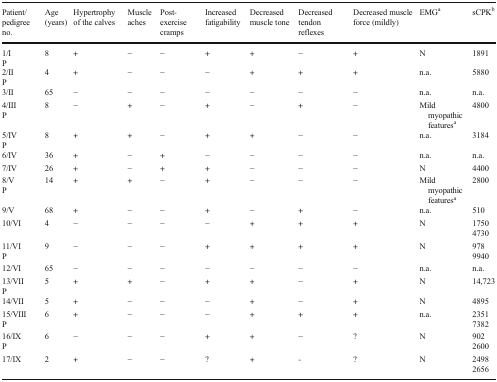
<table><thead><tr><td><b>Patient/pedigree no.</b></td><td><b>Age (years)</b></td><td><b>Hypertrophy of the calves</b></td><td><b>Muscle aches</b></td><td><b>Post-exercise cramps</b></td><td><b>Increased fatigability</b></td><td><b>Decreased muscle tone</b></td><td><b>Decreased tendon reflexes</b></td><td><b>Decreased muscle force (mildly)</b></td><td><b>EMG<sup>a</sup></b></td><td><b>sCPK<sup>b</sup></b></td></tr></thead><tbody><tr><td>1/IP</td><td>8</td><td>+</td><td>−</td><td>−</td><td>+</td><td>+</td><td>−</td><td>+</td><td>N</td><td>1891</td></tr><tr><td>2/IIP</td><td>4</td><td>+</td><td>−</td><td>−</td><td>−</td><td>+</td><td>+</td><td>+</td><td>n.a.</td><td>5880</td></tr><tr><td>3/II</td><td>65</td><td>−</td><td>−</td><td>−</td><td>−</td><td>−</td><td>−</td><td>−</td><td>n.a.</td><td>n.a.</td></tr><tr><td>4/IIIP</td><td>8</td><td>−</td><td>+</td><td>−</td><td>+</td><td>−</td><td>+</td><td>−</td><td>Mild myopathic features<sup>a</sup></td><td>4800</td></tr><tr><td>5/IVP</td><td>8</td><td>+</td><td>+</td><td>−</td><td>+</td><td>+</td><td>−</td><td>−</td><td>n.a.</td><td>3184</td></tr><tr><td>6/IV</td><td>36</td><td>+</td><td>−</td><td>+</td><td>−</td><td>−</td><td>−</td><td>−</td><td>n.a.</td><td>n.a.</td></tr><tr><td>7/IV</td><td>26</td><td>+</td><td>−</td><td>+</td><td>+</td><td>−</td><td>−</td><td>−</td><td>N</td><td>4400</td></tr><tr><td>8/VP</td><td>14</td><td>+</td><td>+</td><td>−</td><td>+</td><td>−</td><td>−</td><td>−</td><td>Mild myopathic features<sup>a</sup></td><td>2800</td></tr><tr><td>9/V</td><td>68</td><td>+</td><td>−</td><td>−</td><td>+</td><td>−</td><td>+</td><td>−</td><td>n.a.</td><td>510</td></tr><tr><td>10/VI</td><td>4</td><td>−</td><td>−</td><td>−</td><td>−</td><td>+</td><td>+</td><td>+</td><td>N</td><td>17504730</td></tr><tr><td>11/VIP</td><td>9</td><td>−</td><td>−</td><td>−</td><td>+</td><td>+</td><td>+</td><td>+</td><td>N</td><td>9789940</td></tr><tr><td>12/VI</td><td>65</td><td>−</td><td>−</td><td>−</td><td>−</td><td>−</td><td>−</td><td>−</td><td>n.a.</td><td>n.a.</td></tr><tr><td>13/VIIP</td><td>5</td><td>+</td><td>+</td><td>−</td><td>+</td><td>+</td><td>−</td><td>+</td><td>N</td><td>14,723</td></tr><tr><td>14/VII</td><td>5</td><td>+</td><td>−</td><td>−</td><td>−</td><td>+</td><td>−</td><td>+</td><td>N</td><td>4895</td></tr><tr><td>15/VIIIP</td><td>6</td><td>+</td><td>−</td><td>−</td><td>−</td><td>+</td><td>+</td><td>+</td><td>n.a.</td><td>23517382</td></tr><tr><td>16/IXP</td><td>6</td><td>−</td><td>−</td><td>−</td><td>+</td><td>+</td><td>−</td><td>?</td><td>N</td><td>9022600</td></tr><tr><td>17/IX</td><td>2</td><td>+</td><td>−</td><td>−</td><td>?</td><td>+</td><td>-</td><td>?</td><td>N</td><td>24982656</td></tr></tbody></table>